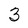
Character: 3